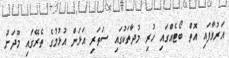
އަރުވާފައި އޮތް ބޯޓެއްގައި ހުރި މުދާތަކުގައި ސަތަރި އަޅަން އުޅުމުގެ ތެރޭގައި މޫދަށް